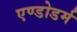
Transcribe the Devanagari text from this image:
एण्डोडर्म